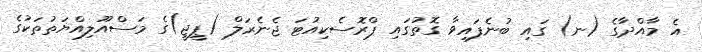
އެ މާއްދާގެ (ނ) ގައި ބުނެފައިވާ ގޮތުގައި ޕްރޮސެކިއުޓަ ޖެނެރަލް (ޕީޖީ)ގެ މަސްއޫލިއްޔަތުތަކުގެ